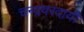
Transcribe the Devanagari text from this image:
चन्द्रवरदायी